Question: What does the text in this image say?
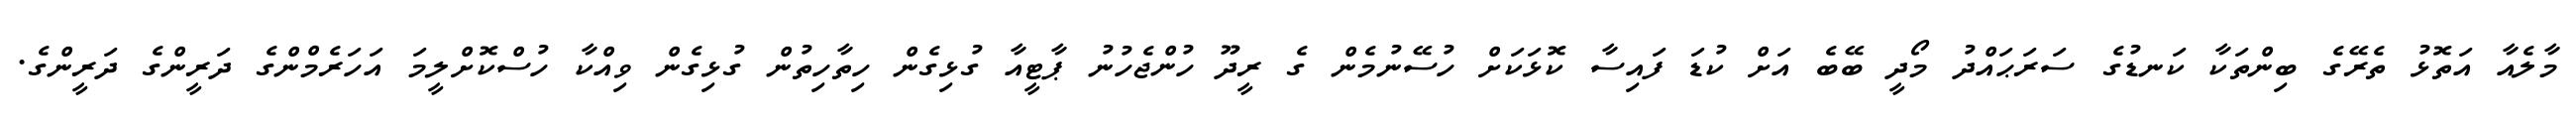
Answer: މާލެއާ އަތޮޅު ތެރޭގެ ބިންތަކާ ކަނޑުގެ ސަރަޙައްދު މޯދީ ބޭބެ އަށް ކުޑަ ފައިސާ ކޮޅަކަށް ހުސޭނުމެން ގެ ރީދޫ ހުންޖެހުނު ޕާޓީއާ ގުޅިގެން ހިތާހިތުން ގުޅިގެން ވިއްކާ ހުސްކޮށްލީމަ އަހަރެމްންގެ ދަރީންގެ ދަރީންގެ.